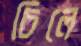
চিলে